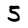
Character: 5